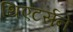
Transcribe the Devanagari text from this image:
थिएटर्सने